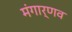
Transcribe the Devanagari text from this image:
मंगार्णव